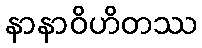
နာနာဝိဟိတဿ